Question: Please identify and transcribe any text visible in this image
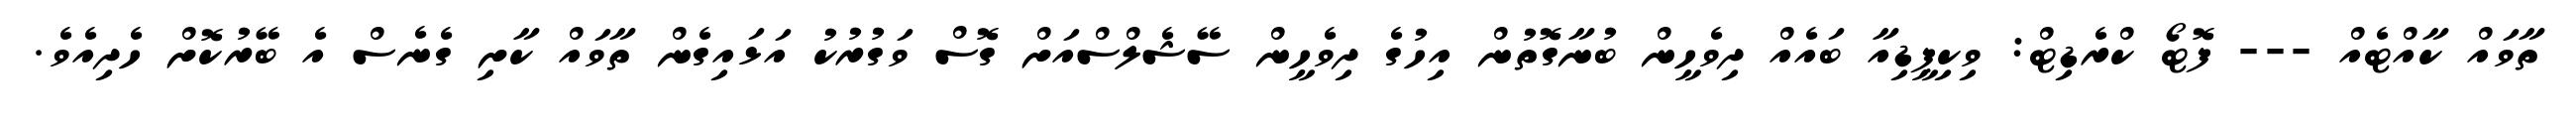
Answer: ތާވައް ކާއްޓެއް --- ފޮޓޯ ކްރެޑިޓް: ވިކިޕީޑިއާ ބައެއް ދިވެހީން ބުނާގޮތުން އިހުގެ ދިވެހީން ސޭޝެލްސްއަށް ގޮސް ވަގުރުކު އަޅައިގެން ތާވައް ކާށި ގެނެސް އެ ބޭރުކޮށް ހެދިއެވެ.